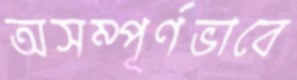
অসম্পূর্ণভাবে